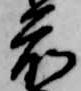
前